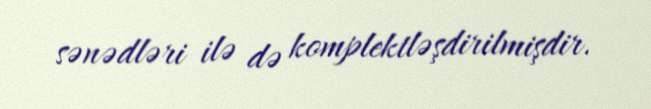
sənədləri ilə də komplektləşdirilmişdir.